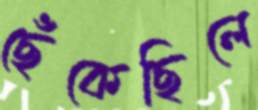
ছেঁকেছিলে